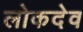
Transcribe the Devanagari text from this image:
लोकदेव